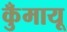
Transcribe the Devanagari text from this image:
कुँमायू